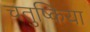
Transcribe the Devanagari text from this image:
चतुष्किया